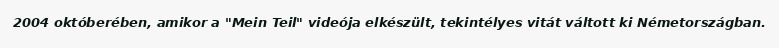
2004 októberében, amikor a "Mein Teil" videója elkészült, tekintélyes vitát váltott ki Németországban.